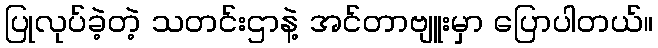
ပြုလုပ်ခဲ့တဲ့ သတင်းဌာနဲ့ အင်တာဗျူးမှာ ပြောပါတယ်။